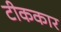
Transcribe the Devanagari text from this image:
टीककार